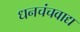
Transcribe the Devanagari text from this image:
धनचंचवाद्य